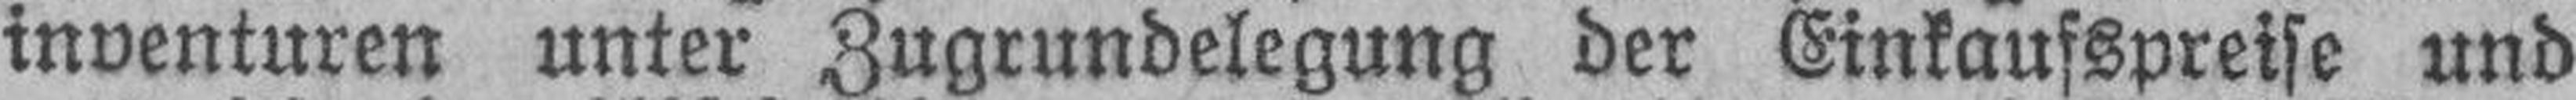
inventuren unter Zugrundelegung der Einkaufspreise und